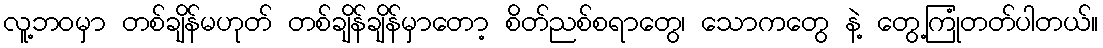
လူ့ဘဝမှာ တစ်ချိန်မဟုတ် တစ်ချိန်ချိန်မှာတော့ စိတ်ညစ်စရာတွေ၊ သောကတွေ နဲ့ တွေ့ကြုံတတ်ပါတယ်။